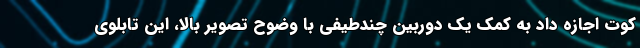
کوت اجازه داد به کمک یک دوربین چندطیفی با وضوح تصویر بالا، این تابلوی